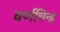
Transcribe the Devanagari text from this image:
वर्णचिन्ह